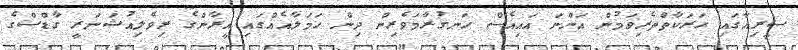
ސީރިއާގައި ހަރަކާތްތެރިވަމުން އަންނަ އައިއެސް ހަނގުރާމަވެރިން ދިން ހަމަލާއެއްގައި އީރާންގެ ރިވެލިއުޝަނަރީ ގާޑްސްގެ